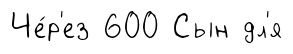
Че́р'ез 600 Сын дл'я